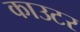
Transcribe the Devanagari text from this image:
काउटर